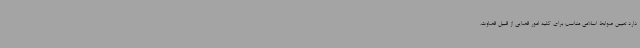
دارد تعیین ضوابط اسلامی مناسب برای کلیه امور قضایی از قبیل قضاوت،